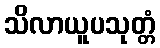
သိလာယူပသုတ္တံ